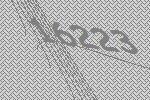
16223